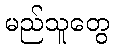
မည်သူတွေ